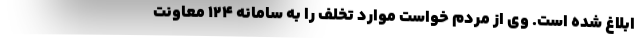
ابلاغ شده است. وی از مردم خواست موارد تخلف را به سامانه ۱۲۴ معاونت